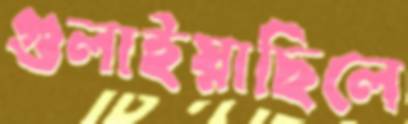
গুলাইয়াছিলে